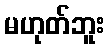
မဟုတ်ဘူး